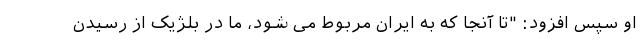
او سپس افزود: "تا آنجا که به ایران مربوط می شود، ما در بلژیک از رسیدن